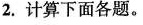
2.计算下面各题。